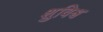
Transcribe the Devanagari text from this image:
शुविश्च